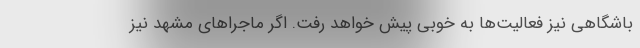
باشگاهی نیز فعالیت‌ها به خوبی پیش خواهد رفت. اگر ماجراهای مشهد نیز